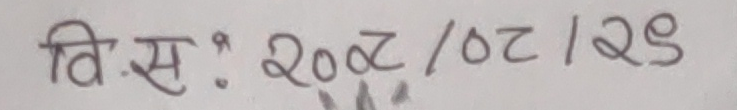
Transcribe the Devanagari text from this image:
वि.सं. : २०७२/०८/२९